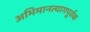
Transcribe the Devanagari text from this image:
अभिमानत्यागपूर्वक